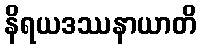
နိရယဒဿနာယာတိ